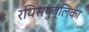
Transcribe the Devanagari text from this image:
रयिसपुब्लिका